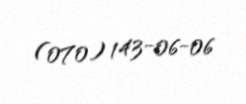
(070) 143-06-06